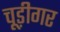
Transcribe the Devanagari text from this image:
चूड़ीगर